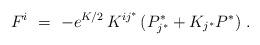
LaTeX: \begin{align*}F^i\ =\ - e^{K/2}\, K^{i j^*}\, ( P^*_{j^*} + K_{j^*} P^*)~.\end{align*}